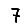
Digit: 7